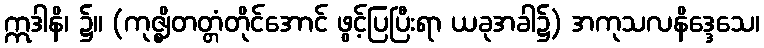
ဣဒါနိ၊ ၌။ (ကုဇ္ဈိတတ္တံတိုင်အောင် ဖွင့်ပြပြီးရာ ယခုအခါ၌) အကုသလနိဒ္ဒေသေ၊